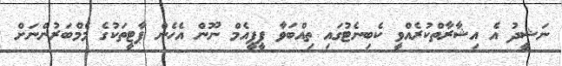
ނަޝީދު އެ އިޝާރާތްކުރެއްވީ ކެބިނެޓުގައި ތިއްބަވާ ޕީޕީއެމް ނޫން އެހެން ޕާޓީތަކުގެ މެމްބަރުންނަށް